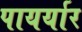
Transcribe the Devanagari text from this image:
पायर्यार